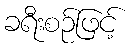
ခရီးစဉ်ဖြင့်